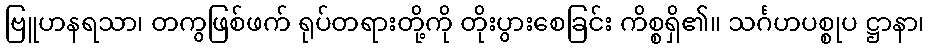
ဗြူဟနရသာ၊ တကွဖြစ်ဖက် ရုပ်တရားတို့ကို တိုးပွားစေခြင်း ကိစ္စရှိ၏။ သင်္ဂဟပစ္စုပ ဋ္ဌာနာ၊